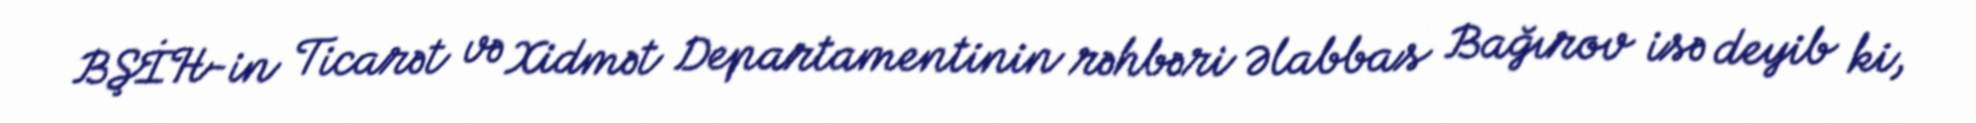
BŞİH-in Ticarət və Xidmət Departamentinin rəhbəri Əlabbas Bağırov isə deyib ki,